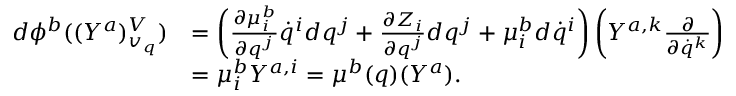
\begin{array} { r l } { d \phi ^ { b } ( ( Y ^ { a } ) _ { v _ { q } } ^ { V } ) } & { = \left( \frac { \partial \mu _ { i } ^ { b } } { \partial q ^ { j } } \dot { q } ^ { i } d q ^ { j } + \frac { \partial Z _ { i } } { \partial q ^ { j } } d q ^ { j } + \mu _ { i } ^ { b } d \dot { q } ^ { i } \right) \left( Y ^ { a , k } \frac { \partial } { \partial \dot { q } ^ { k } } \right) } \\ & { = \mu _ { i } ^ { b } Y ^ { a , i } = \mu ^ { b } ( q ) ( Y ^ { a } ) . } \end{array}